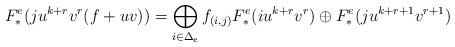
LaTeX: \begin{align*} F_*^e( ju^{k+r}v^r(f+uv))= \bigoplus_{i\in\Delta_e}f_{(i,j)}F_*^e(iu^{k+r}v^{r}) \oplus F_*^e(ju^{k+r+1}v^{r+1})\end{align*}